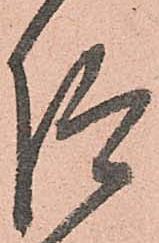
仰